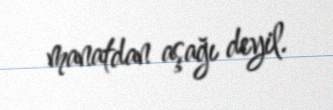
manatdan aşağı deyil.